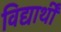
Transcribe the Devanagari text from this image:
विद्यार्थीं